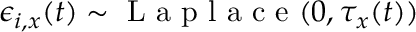
\epsilon _ { i , x } ( t ) \sim \mathrm { ~ L ~ a ~ p ~ l ~ a ~ c ~ e ~ } ( 0 , \tau _ { x } ( t ) )